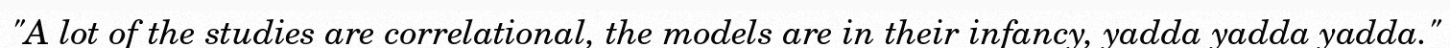
"A lot of the studies are correlational, the models are in their infancy, yadda yadda yadda."